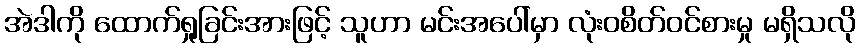
အဲဒါကို ထောက်ရှုခြင်းအားဖြင့် သူဟာ မင်းအပေါ်မှာ လုံးဝစိတ်ဝင်စားမှု မရှိသလို